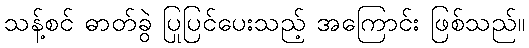
သန့်စင် ဓာတ်ခွဲ ပြုပြင်ပေးသည့် အကြောင်း ဖြစ်သည်။